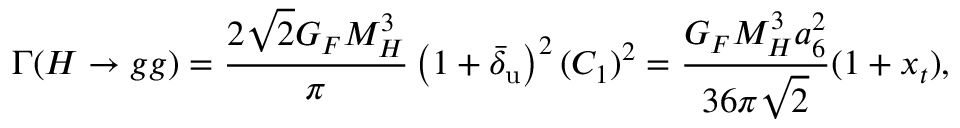
\Gamma ( H \to g g ) = \frac { 2 \sqrt 2 G _ { F } M _ { H } ^ { 3 } } { \pi } \left( 1 + \bar { \delta } _ { \mathrm { u } } \right) ^ { 2 } ( { \cal C } _ { 1 } ) ^ { 2 } = \frac { G _ { F } M _ { H } ^ { 3 } a _ { 6 } ^ { 2 } } { 3 6 \pi \sqrt 2 } ( 1 + x _ { t } ) ,